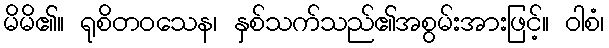
မိမိ၏။ ရုစိတဝသေန၊ နှစ်သက်သည်၏အစွမ်းအားဖြင့်။ ဝါစံ၊